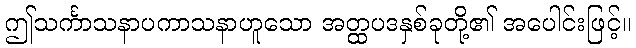
ဤသင်္ကာသနာပကာသနာဟူသော အတ္ထပဒနှစ်ခုတို့၏ အပေါင်းဖြင့်။